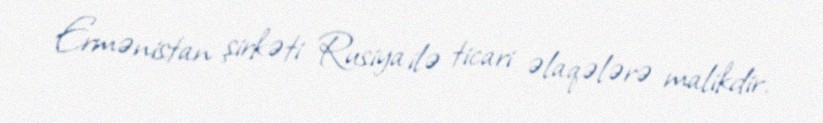
Ermənistan şirkəti Rusiya ilə ticari əlaqələrə malikdir.